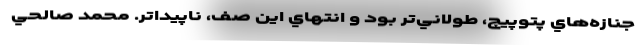
جنازه‌هاي پتوپيچ، طولاني‌تر بود و انتهاي اين صف، ناپيداتر. محمد صالحي